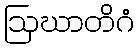
ဩဃာတိဂံ